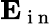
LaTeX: \mathbf E_{\mathrm{~i~n~}}